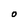
Character: O